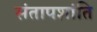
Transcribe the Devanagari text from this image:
संतापशांति